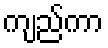
ကျည်ကာ